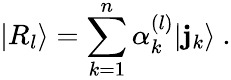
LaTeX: |R_{l}\rangle=\sum_{k=1}^{n}\alpha_{k}^{(l)}|\mathbf{j}_{k}\rangle\ .